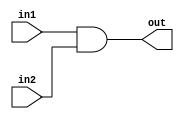
`ifndef _AND
`define _AND

module and16(in1, in2, out);		// Implements bitwise AND for two 16-bit numbers

	input  [15:0] in1, in2;
	output [15:0] out;
	
	assign out = in1 & in2;
	
endmodule

`endif